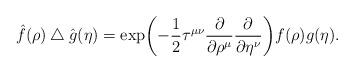
LaTeX: \begin{align*}{\hat f}(\rho)\bigtriangleup {\hat g}(\eta)=\exp\biggl(-\frac{1}{2}\tau^{\mu\nu}\frac{\partial}{\partial\rho^\mu}\frac{\partial}{\partial \eta^\nu}\biggl)f(\rho)g(\eta).\end{align*}